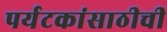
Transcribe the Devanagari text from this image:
पर्यटकांसाठीची